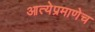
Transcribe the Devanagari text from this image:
आत्येप्रमाणेच